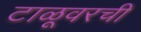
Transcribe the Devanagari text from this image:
टाळूवरची